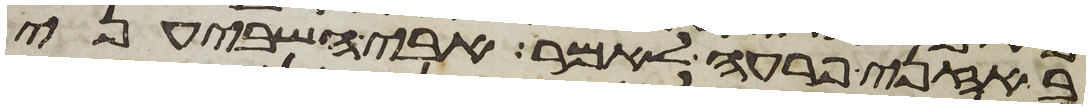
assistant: באזני פרעה לאמר אבי השביעני